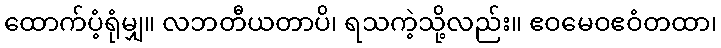
ထောက်ပံ့ရုံမျှ။ လဘတီယတာပိ၊ ရသကဲ့သို့လည်း။ ဧဝမေဝဧဝံတထာ၊